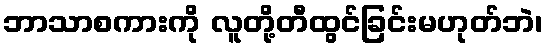
ဘာသာစကားကို လူတို့တီထွင်ခြင်းမဟုတ်ဘဲ၊